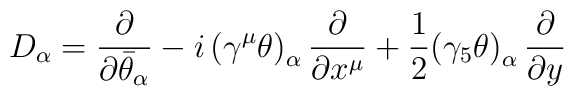
D_\alpha=\frac{\partial}{\partial\bar\theta_\alpha}-i\,\bigl(\gamma^\mu\theta\bigr)_\alpha\,\frac{\partial}{\partial x^\mu}+\frac{1}{2}\bigl(\gamma_5\theta\bigr)_\alpha\,\frac{\partial}{\partial y}